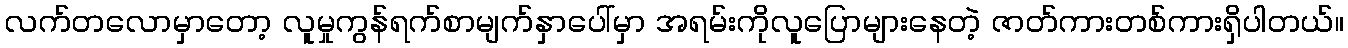
လက်တလောမှာတော့ လူမှုကွန်ရက်စာမျက်နှာပေါ်မှာ အရမ်းကိုလူပြောများနေတဲ့ ဇာတ်ကားတစ်ကားရှိပါတယ်။